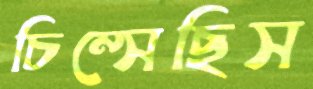
চিম্‌সেছিস